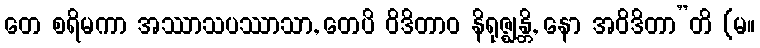
တေ စရိမကာ အဿာသပဿာသာ, တေပိ ဝိဒိတာဝ နိရုဇ္ဈန္တိ, နော အဝိဒိတာ”တိ (မ။